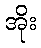
အိုး